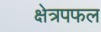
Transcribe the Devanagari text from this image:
क्षेत्रपफल